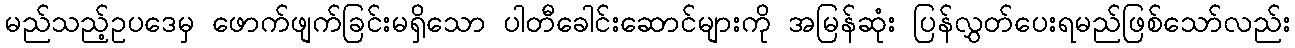
မည်သည့်ဥပဒေမှ ဖောက်ဖျက်ခြင်းမရှိသော ပါတီခေါင်းဆောင်များကို အမြန်ဆုံး ပြန်လွှတ်ပေးရမည်ဖြစ်သော်လည်း